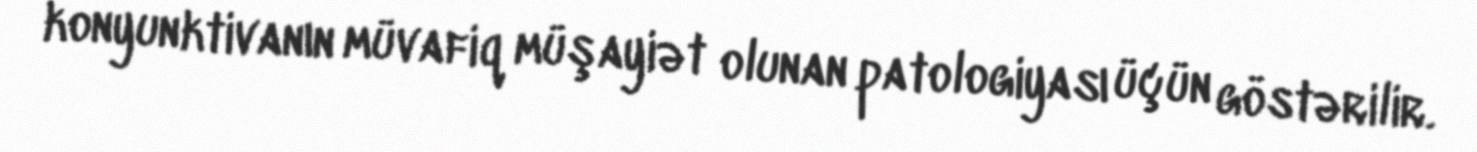
konyunktivanın müvafiq müşayiət olunan patologiyası üçün göstərilir.